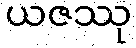
ယဇဿု